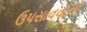
ઉપસાવવાનો